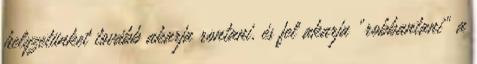
helyzetünket tovább akarja rontani, és fel akarja „robbantani” a